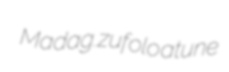
Madag. zufolo atune